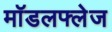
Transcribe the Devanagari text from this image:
मॉडलफ्लेज